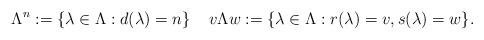
LaTeX: \begin{align*}\Lambda^n:=\{\lambda\in\Lambda: d(\lambda)=n\}\;\;\;\;v\Lambda w:=\{\lambda\in\Lambda: r(\lambda)=v, s(\lambda)=w\}.\end{align*}